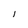
Character: l